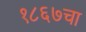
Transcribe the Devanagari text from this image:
१८६७चा